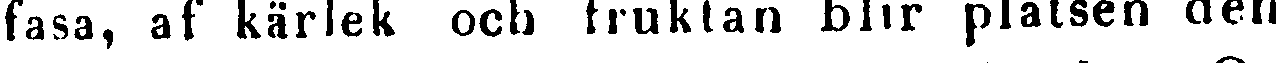
fasa, af kärlek och fruktan blir platsen den